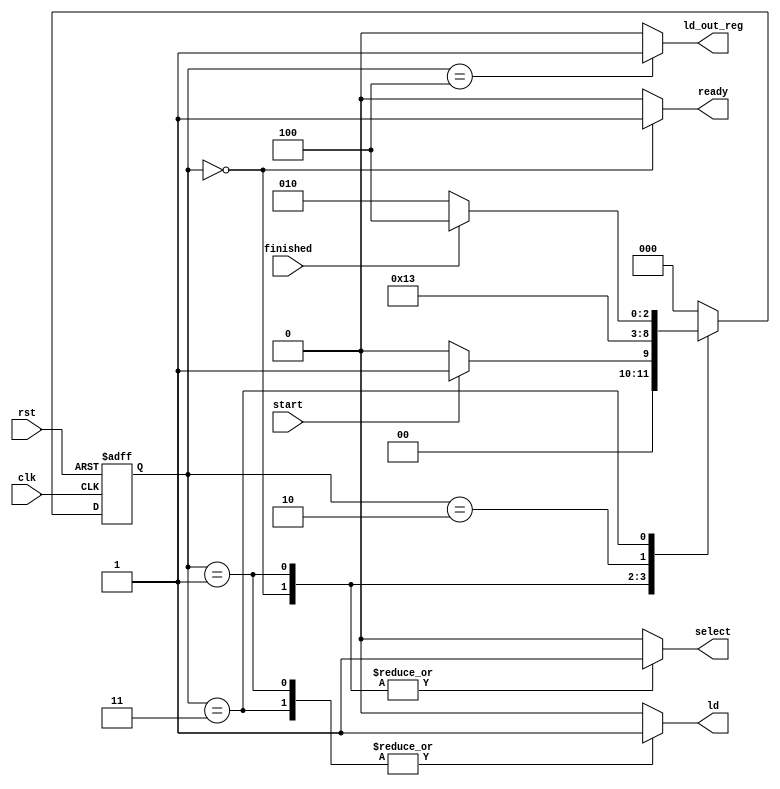
module sqrt_CU(start, finished, ld, ld_out_reg, select, ready, clk, rst);
/*
Controller of the integer sqrt unit:
inputs :
	clk and rst: clock and asynchronous reset
	finished: is a status signal indicating the end of the calculation
	start: is a signal indicating the arrival of an input
outputs:
	ld: load pin of the registers of the integer sqrt unit
	ld_out: load pin of the output register
	ready: indicates that the output is ready
	select: selector of input MUXes
*/

	input start, finished, clk, rst;
	output reg ld, ready, ld_out_reg, select;

	reg [2:0] ps, ns;
	parameter [2:0] IDLE = 3'b0, START = 3'b1, SELECT = 3'b10, LOAD = 3'b11, FINISH = 3'b100;

	always @(posedge clk, posedge rst) begin
		if (rst) ps <= IDLE;
		else ps <= ns;
	end

	always @(ps) begin
		{ld, ld_out_reg, select, ready} = 4'b0;
		case (ps)
			IDLE : begin
				ready = 1'b1;
				select = 1'b1;
			end
			START : begin
				ld = 1'b1;
				select = 1'b1;
			end
			SELECT : begin
				select = 1'b0;
			end
			LOAD : begin
				ld = 1'b1;
				select = 1'b0;
			end
			FINISH : begin
				ld_out_reg = 1'b1;
			end
		endcase
	end

	always @(ps, start, finished) begin
		ns = IDLE;
		case (ps)
			IDLE : ns = (start) ? START : IDLE;
			START : ns = SELECT;
			SELECT : ns = LOAD;
			LOAD : ns = (finished) ? FINISH : SELECT;
			FINISH : ns = IDLE;
			default : ns = IDLE;
		endcase
	end

endmodule